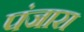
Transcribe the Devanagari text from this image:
पंजारा